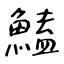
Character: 鰪